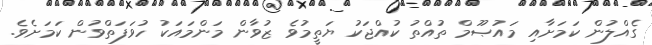
ގެއްލުން ކަމަށާއި މައުޞޫމް ތުއްތު ކުއްޖަކު ޔަތީމުވެ ޒުވާން މަންމައަަކު ހުވަފަތްވުން ކަމަށެވެ.